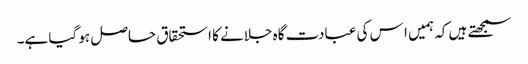
سمجھتے ہیں کہ ہمیں ا س کی عبادت گاہ جلانے کا استحقاق حاصل ہو گیا ہے۔